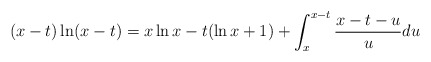
\begin{align*} (x-t)\ln(x-t) = x\ln x -t (\ln x+1) + \int_x^{x-t} \frac{x-t-u}{u}du \end{align*}